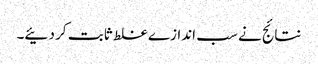
نتائج نے سب اندازے غلط ثابت کر دئیے۔